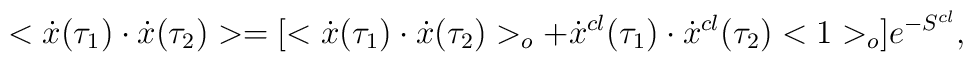
<\dot{x}(\tau_1)\cdot\dot{x}(\tau_2)>=[<\dot{x}(\tau_1)\cdot\dot{x}(\tau_2)>_o+\dot{x}^{cl}(\tau_1)\cdot\dot{x}^{cl}(\tau_2)<1>_o]e^{-S^{cl}},